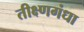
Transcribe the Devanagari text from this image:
तीक्ष्णगंधा